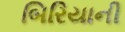
બિરિયાની